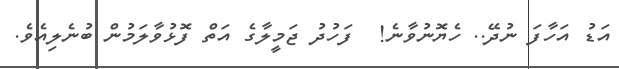
އަޑު އަހާފަ ނުދޭ.. ހެޔޮނުވާނެ!  ފަހުދު ޖަމީލާގެ އަތް ފޮޅުވާލަމުން ބުނެލިއެވެ.